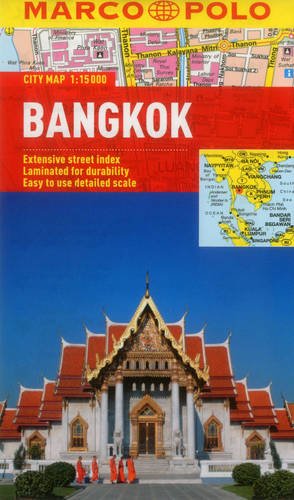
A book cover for Bangkok Marco Polo City Map (Marco Polo City Maps); Marco Polo Travel; Travel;